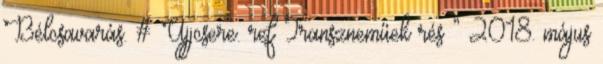
Bélcsavarás. # Ujjcsere. ref Transzneműek rés ” 2018. május